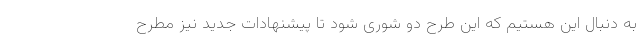
به دنبال این هستیم که این طرح دو شوری شود تا پیشنهادات جدید نیز مطرح